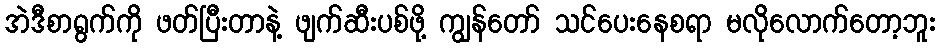
အဲဒီစာရွက်ကို ဖတ်ပြီးတာနဲ့ ဖျက်ဆီးပစ်ဖို့ ကျွန်တော် သင်ပေးနေစရာ မလိုလောက်တော့ဘူး